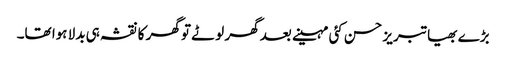
بڑے بھیا تبریز حسن کئی مہینے بعد گھر لوٹے تو گھر کا نقشہ ہی بدلا ہوا تھا۔